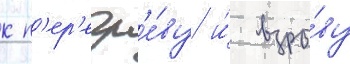
к п'ер'егр'е́ву и́ взры́ву